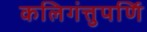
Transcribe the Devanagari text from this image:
कलिगंत्तुपर्णि